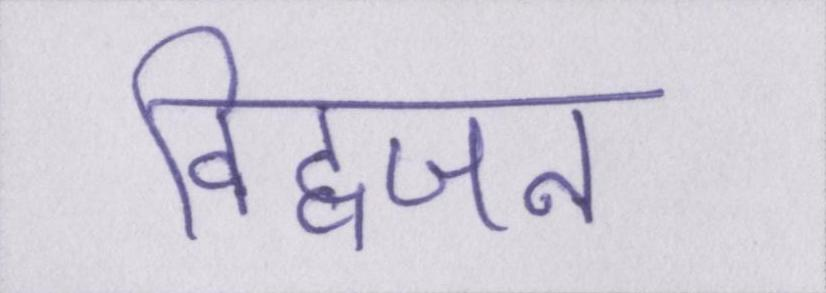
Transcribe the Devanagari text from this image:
विद्वजन